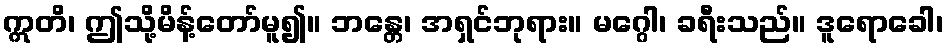
ဣတိ၊ ဤသို့မိန့်တော်မူ၍။ ဘန္တေ၊ အရှင်ဘုရား။ မဂ္ဂေါ၊ ခရီးသည်။ ဒူရောခေါ၊